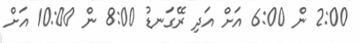
2:00 ން 6:00 އަށް އަދި ރޭގަނޑު 8:00 ން 10:00 އަށް